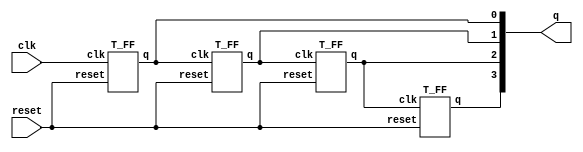
 
 
 
 module ripple_carry_counter(q, clk, reset);
   output [3:0] q;
   input clk, reset;
   T_FF tff0(q[0], clk, reset);
   T_FF tff1(q[1], q[0], reset);
   T_FF tff2(q[2], q[1], reset);
   T_FF tf30(q[3], q[2], reset);
 
 endmodule
 
 
 
 module T_FF(q, clk, reset);
 
   output q;
   input clk, reset;
   wire d;
   
   D_FF dff0(q, d, clk, reset);
   not n1(d,q);

endmodule

module D_FF(q, d, clk, reset);

   
  output q;
  input d, clk, reset;
  reg q;
  always @(posedge reset or negedge clk)
  if (reset)
     q = 1'b0;
  else
     q = d;
endmodule
 
 
module stimulus;
reg clk;
reg reset;
wire[3:0] q;

//instantiate the design block

ripple_carry_counter r1(q,clk, reset);

//control the clk signal that drives the design block cycle time = 10
initial 
   clk = 'b0; // set clk to 0
always
   #5 clk = ~clk; // toggole clk every 5 times units
   
   
   // Control the reset signal that drives the design block
   //reset is asserted from 0 to 20 and from 200 to 220.

initial
begin

    $dumpfile("stimulus_block.vcd");
    $dumpvars(0,stimulus);   
    reset = 1'b1;
    #15 reset = 1'b0;
    #180 reset = 1'b1;
    #10 reset = 1'b0;
    #20 $finish; //terminate the simulation
 end
 
 //Monitor the outputs
 
 initial
     
     $monitor($time, "output q = %d", q);
     
 endmodule